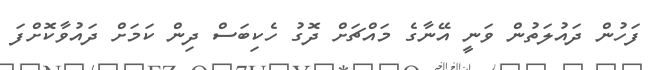
ފަހުން ދައުލަތުން ވަނީ އޭނާގެ މައްޗަށް ދޮގު ހެކިބަސް ދިން ކަމަށް ދައުވާކޮށްފަ